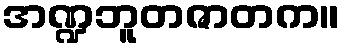
အဏ္ဍဘူတဇာတက။